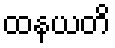
ထနယတိ